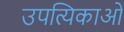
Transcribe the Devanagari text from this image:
उपत्यिकाओं